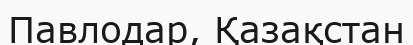
Павлодар, Қазақстан